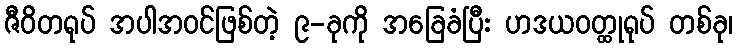
ဇီဝိတရုပ် အပါအဝင်ဖြစ်တဲ့ ၉-ခုကို အခြေခံပြီး ဟဒယဝတ္ထုရုပ် တစ်ခု၊